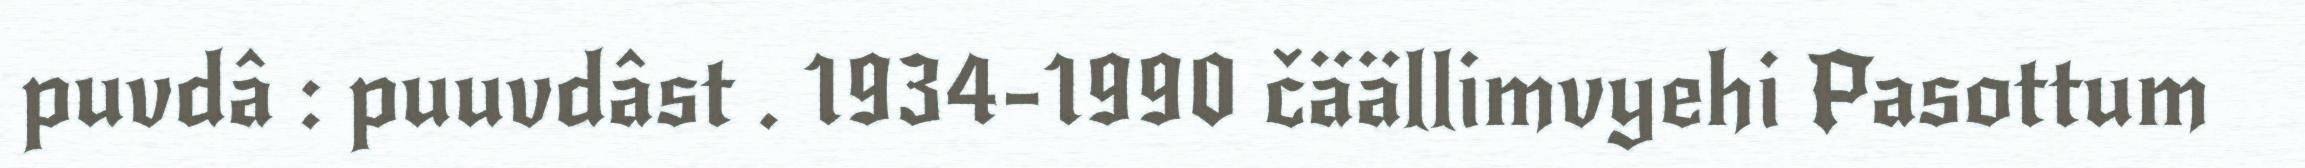
puvdâ : puuvdâst . 1934-1990 čäällimvyehi Pasottum